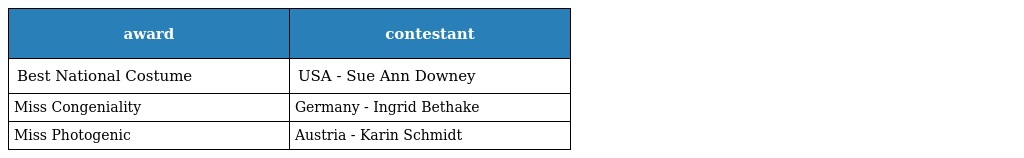
| award | contestant |
 | --- | --- |
 | Best National Costume | USA - Sue Ann Downey |
 | Miss Congeniality | Germany - Ingrid Bethake |
 | Miss Photogenic | Austria - Karin Schmidt |